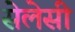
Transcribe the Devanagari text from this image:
सेलेसी